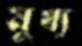
মুখ্য